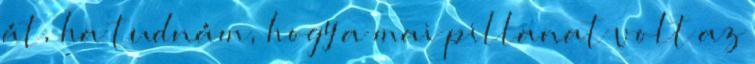
át, ha tudnám, hogy a mai pillanat volt az